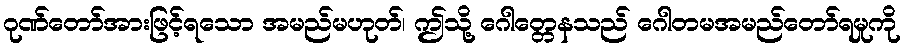
ဂုဏ်တော်အားဖြင့်ရသော အမည်မဟုတ်၊ ဤသို့ ဂေါတ္တေနသည် ဂေါတမအမည်တော်ရမှုကို